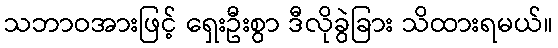
သဘာဝအားဖြင့် ရှေးဦးစွာ ဒီလိုခွဲခြား သိထားရမယ်။